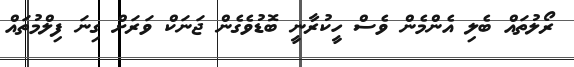
ރޯލުތައް ބެލި އެންމެން ވެސް ހީކުރާނީ ބޮޑުވެގެން ޖަނަކް ވަރަށް ގިނަ ފިލްމުތައް